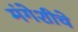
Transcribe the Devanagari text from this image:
मंगेशीचे